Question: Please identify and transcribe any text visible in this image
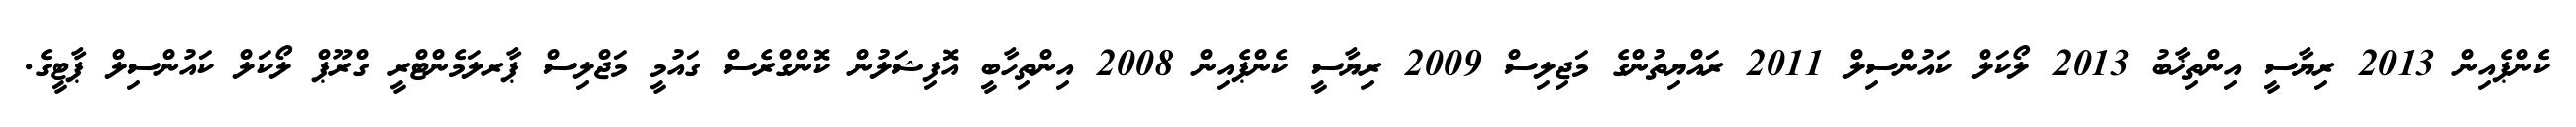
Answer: ކެންޕެއިން 2013 ރިޔާސީ އިންތިޚާބު 2013 ލޯކަލް ކައުންސިލް 2011 ރައްޔިތުންގެ މަޖިލިސް 2009 ރިޔާސީ ކެންޕެއިން 2008 އިންތިހާބީ އޮފިޝަލުން ކޮންގްރެސް ގައުމީ މަޖްލިސް ޕާރލަމެންޓްރީ ގްރޫޕް ލޯކަލް ކައުންސިލް ޕާޓީގެ.